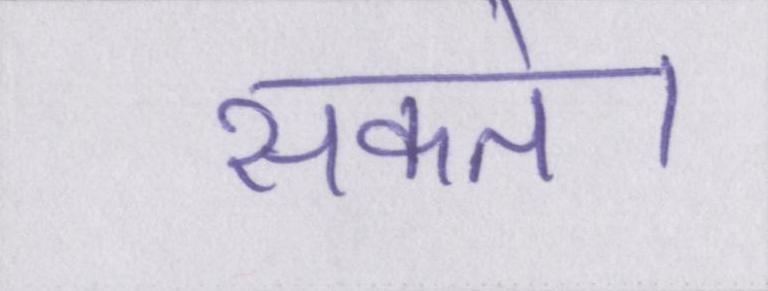
सकते।